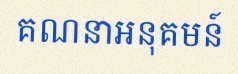
គណនាអនុគមន៍